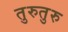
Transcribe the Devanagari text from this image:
तुरुतुरु